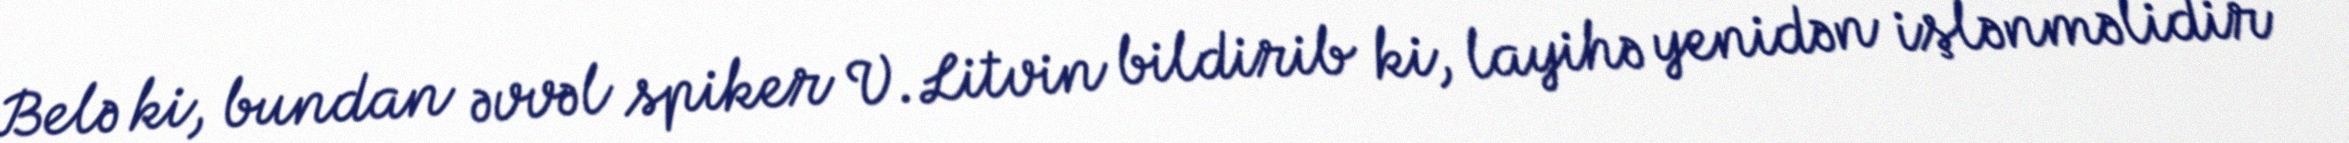
Belə ki, bundan əvvəl spiker V.Litvin bildirib ki, layihə yenidən işlənməlidir